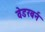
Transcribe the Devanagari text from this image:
वेडरबर्न